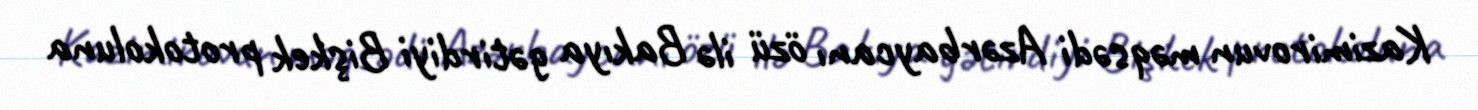
Kazimirovun məqsədi Azərbaycanı özü ilə Bakıya gətirdiyi Bişkek protokoluna